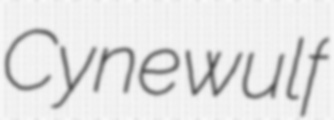
Cynewulf